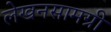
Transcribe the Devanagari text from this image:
लेखनसामग्री